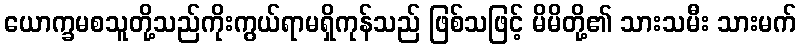
ယောက္ခမစသူတို့သည်ကိုးကွယ်ရာမရှိကုန်သည် ဖြစ်သဖြင့် မိမိတို့၏ သားသမီး သားမက်